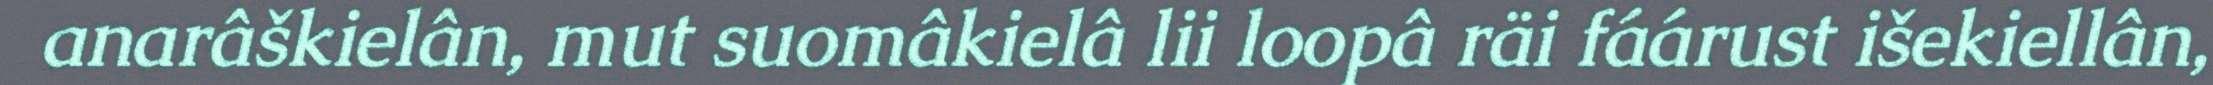
anarâškielân, mut suomâkielâ lii loopâ räi fáárust išekiellân,